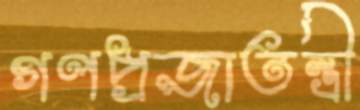
গণপ্রজাতন্ত্রী